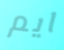
ايم